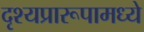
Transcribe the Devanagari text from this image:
दृश्यप्रारूपामध्ये